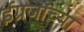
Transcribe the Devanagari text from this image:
ईग्रजांच्या